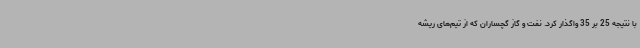
با نتیجه 25 بر 35 واگذار کرد. نفت و گاز گچساران که از تیم‌های ریشه